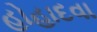
હોહાદવા